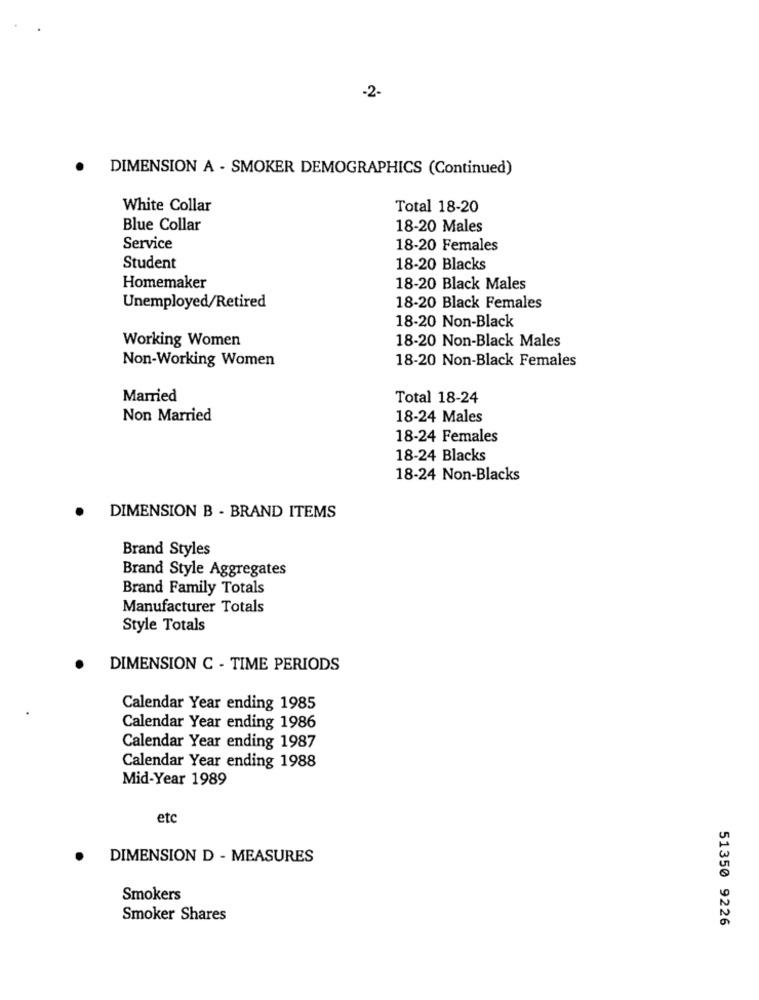
-2-
DIMENSION A - SMOKER DEMOGRAPHICS (Continued)
White Collar
Total 18-20
Blue Collar
18-20 Males
Service
18-20 Females
Student
18-20 Blacks
Homemaker
18-20 Black Males
Unemployed/Retired
18-20 Black Females
18-20 Non-Black
Working Women
18-20 Non-Black Males
Non-Working Women
18-20 Non-Black Females
Married
Total 18-24
Non Married
18-24 Males
18-24 Females
18-24 Blacks
18-24 Non-Blacks
DIMENSION B - BRAND ITEMS
Brand Styles
Brand Style Aggregates
Brand Family Totals
Manufacturer Totals
Style Totals
DIMENSION C - TIME PERIODS
Calendar Year ending 1985
Calendar Year ending 1986
Calendar Year ending 1987
Calendar Year ending 1988
Mid-Year 1989
etc
DIMENSION D - MEASURES
Smokers
Smoker Shares
51350 9226